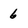
Character: 6